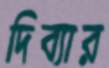
দিব্যার